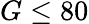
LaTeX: G\leq 80